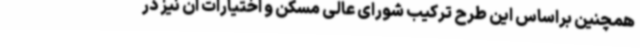
همچنین براساس این طرح ترکیب شورای عالی مسکن و اختیارات آن نیز در